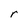
Character: r